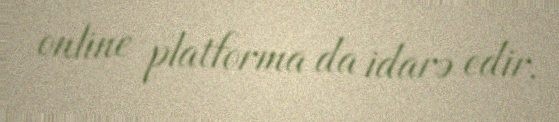
online platforma da idarə edir.